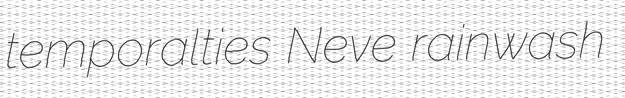
temporalties Neve rainwash